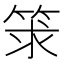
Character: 𥭑